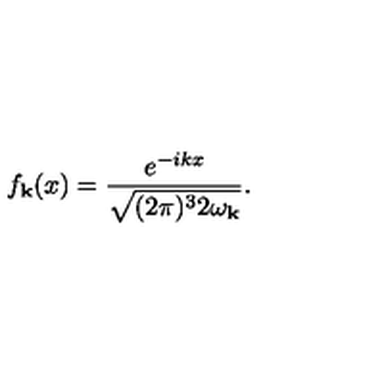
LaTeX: f _ { { \bf k } } ( x ) = \frac { e ^ { - i k x } } { \sqrt { ( 2 \pi ) ^ { 3 } 2 \omega _ { { \bf k } } } } .